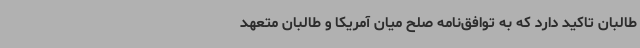
طالبان تاکید دارد که به توافق‌نامه صلح میان آمریکا و طالبان متعهد